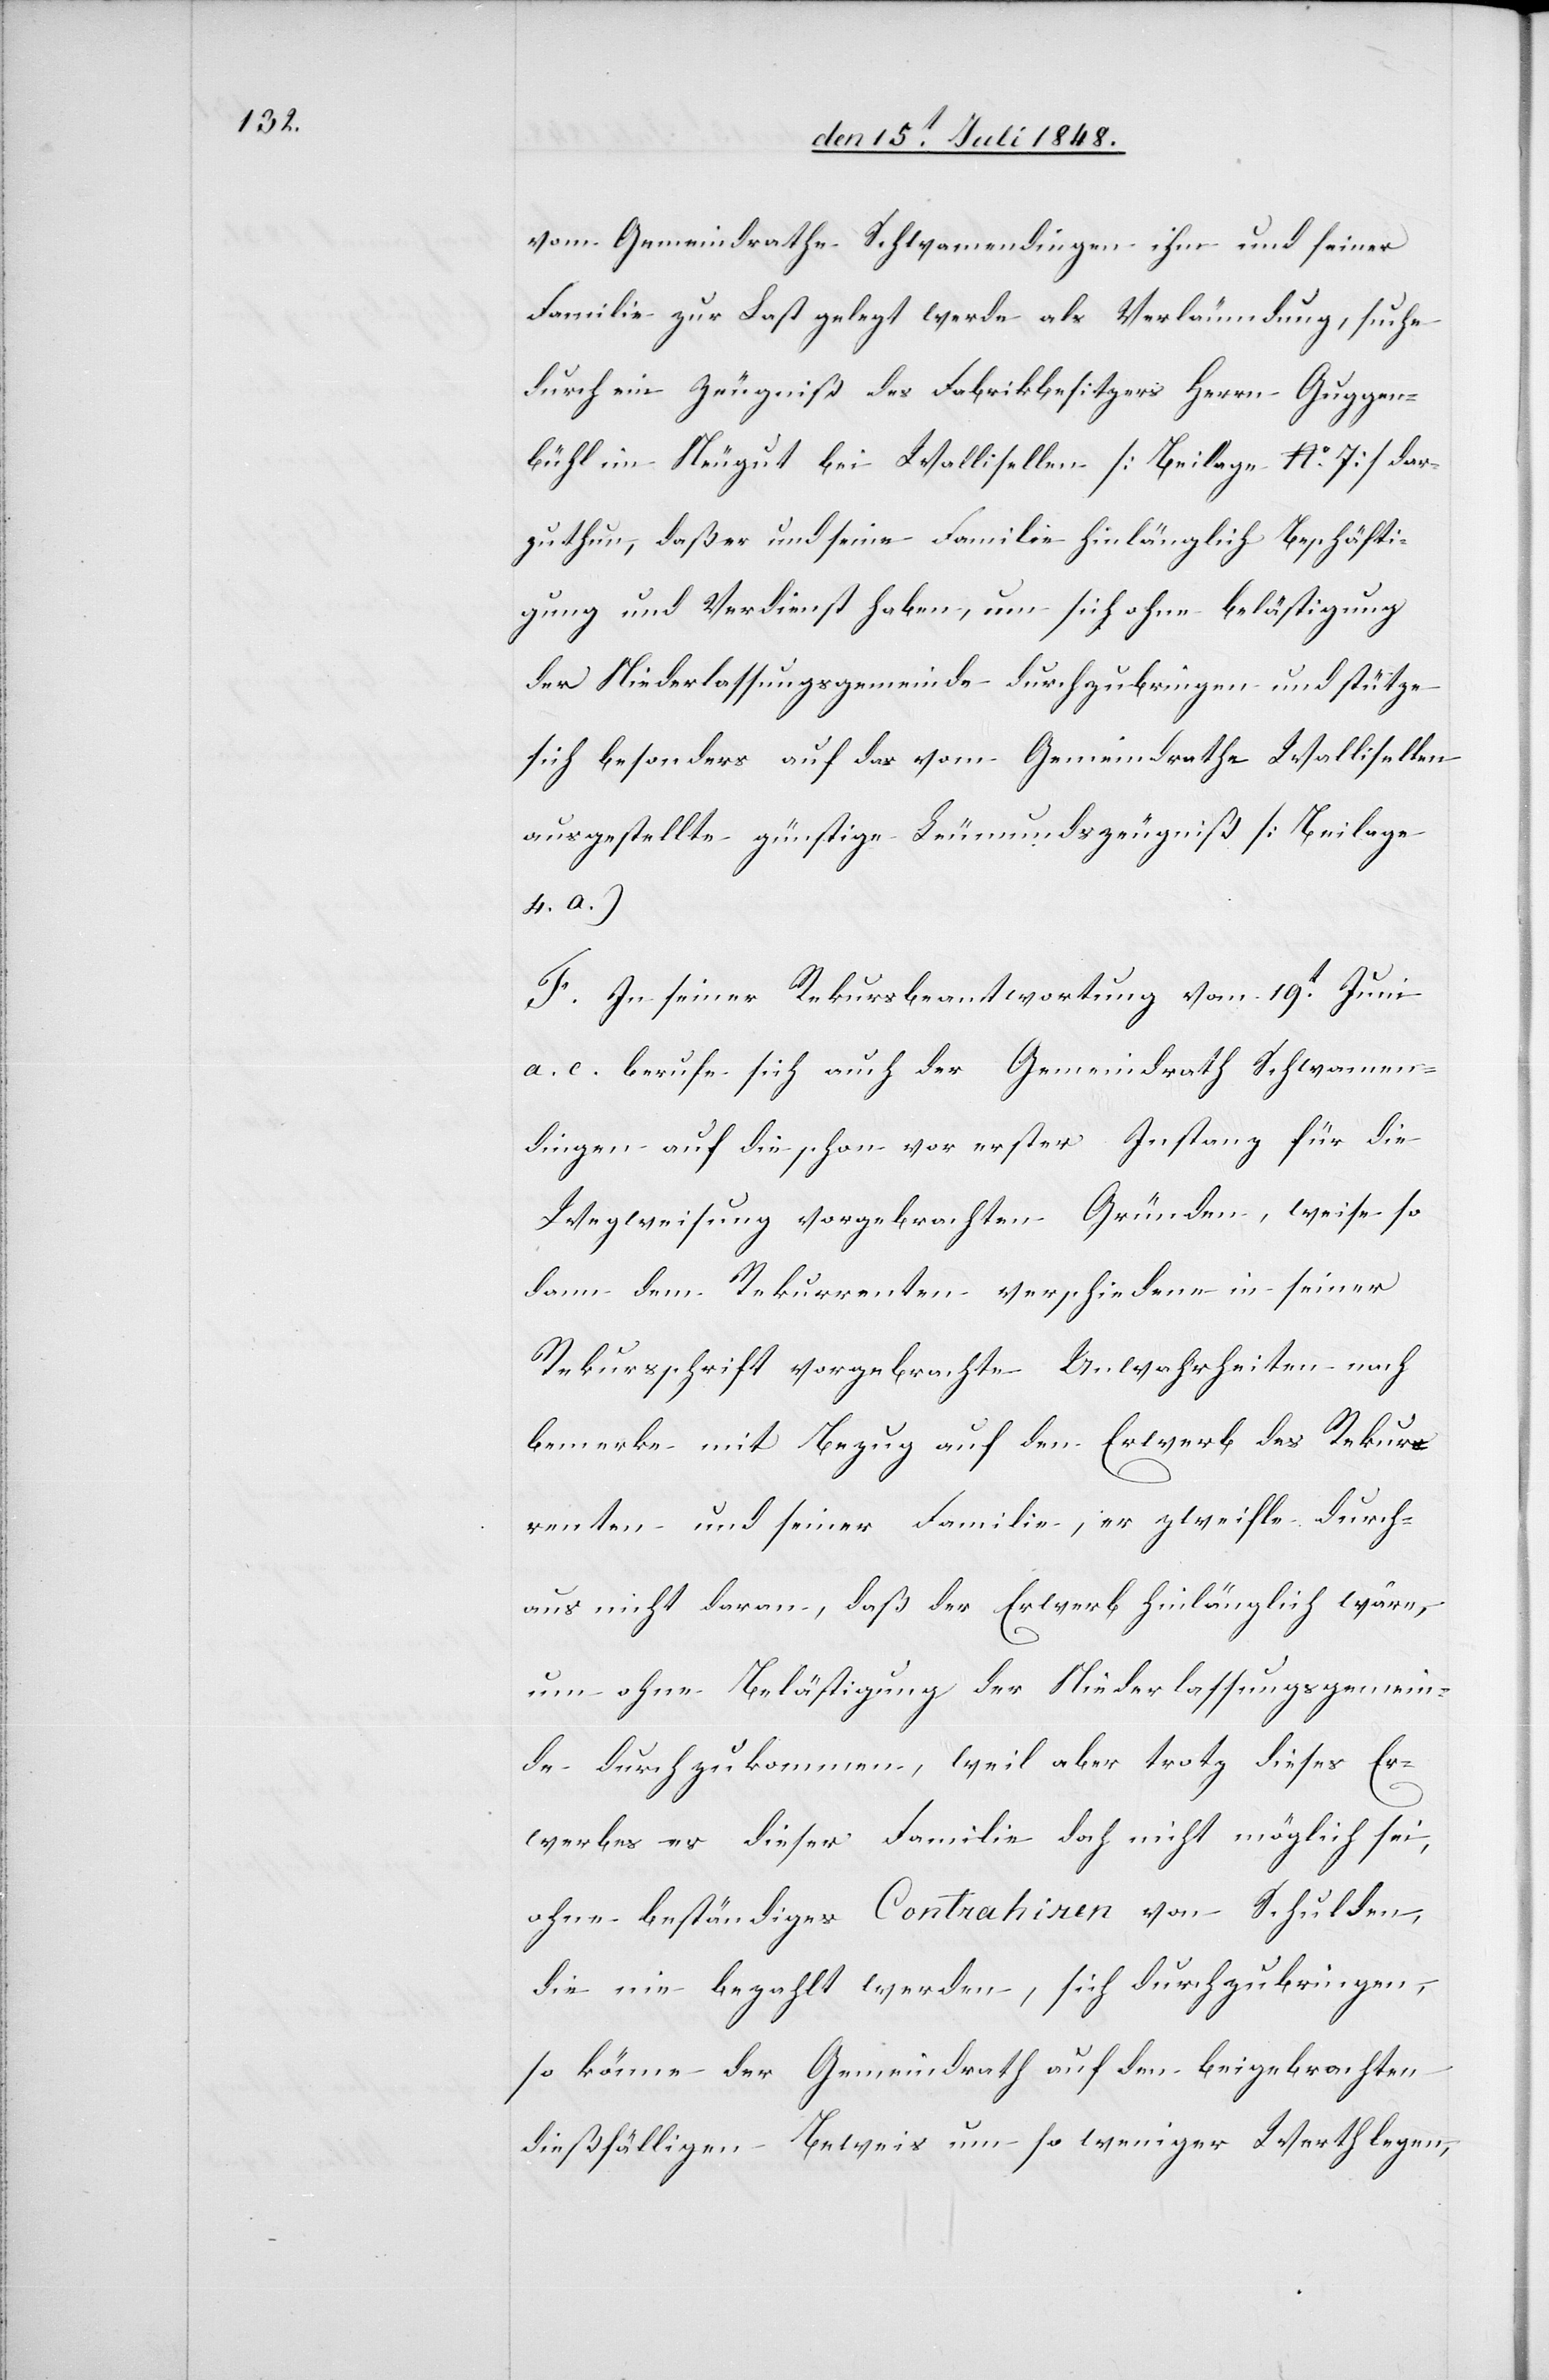
vom Gemeindrathe Schwamendingen ihm und seiner
Familie zur Last gelegt werde als Verläumdung, suche
durch ein Zeugniß des Fabrikbesitzers Herrn Guggen¬
bühl im Neugut bei Wallisellen [Beilage No 7] dar¬
zuthun, daß er und seine Familie hinlänglich Beschäfti¬
gung und Verdienst haben, um sich ohne belästigung
der Niederlassungsgemeinde durchzubringen und stütze
sich besonders auf das vom Gemeindrathe Wallisellen
ausgestellte günstige Leumundszeugniß [Beilage
4. a.]
F. In seiner Rekursbeantwortung vom 19t Juni
a. c. berufe sich auch der Gemeindrath Schwamen¬
dingen auf die schon vor erster Instanz für die
Wegweisung vorgebrachten Gründen, weise so
dann dem Rekurrenten verschiedene in seiner
Rekursschrift vorgebrachte Unwahrheiten nach
bemerke mit Bezug auf den Erwerb des Rekur¬
renten und seiner Familie, er zweifle durch¬
aus nicht daran, daß der Erwerb hinlänglich wäre,
um ohne Belästigung der Niederlassungsgemein¬
de durchzukommen, weil aber trotz dieses Er¬
werbes es dieser Familie doch nicht möglich sei,
ohne beständiges Contrahiren von Schulden,
die nie bezahlt werden, sich durchzubringen,
so könne der Gemeindrath auf den beigebrachten
dießfälligen Beweis um so weniger Werth legen,